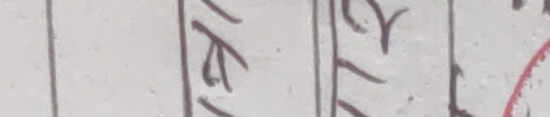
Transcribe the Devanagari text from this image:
के